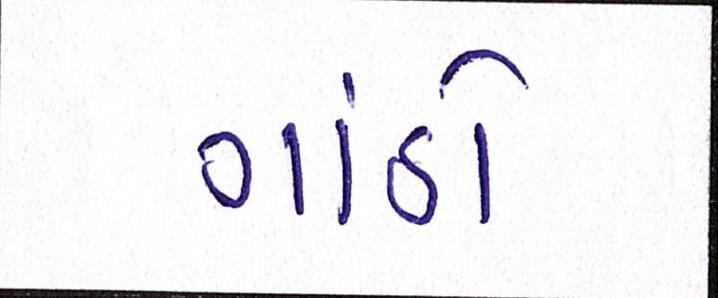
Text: ગાંઠો